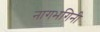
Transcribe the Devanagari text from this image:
नागभगिनी